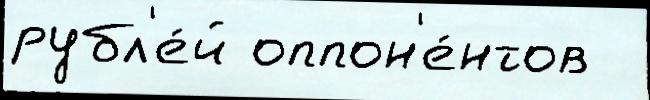
рубл'е́й оппон'е́нтов